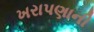
ખરાપણાની